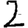
Digit: 2